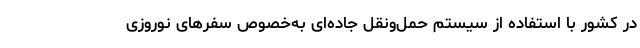
در کشور با استفاده از سیستم حمل‌ونقل جاده‌ای به‌خصوص سفرهای نوروزی